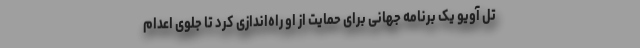
تل آویو یک برنامه جهانی برای حمایت از او راه‌اندازی کرد تا جلوی اعدام